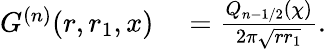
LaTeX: \begin{array}{rl}{G^{(n)}(r,r_{1},x)}&{{}=\frac{Q_{n-1/2}(\chi)}{2\pi\sqrt{rr_{1}}}.}\end{array}